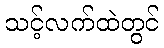
သင့်လက်ထဲတွင်